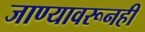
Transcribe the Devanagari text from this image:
जाण्यावरूनही